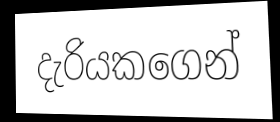
දැරියකගෙන්